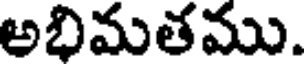
అభిమతము.